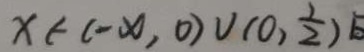
x \in ( - x , 0 ) \cup ( 0 , \frac { 1 } { 2 } )